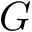
G